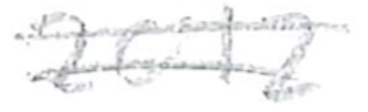
Text: 2012
Cross-out: double-line
Writing tool: pencil